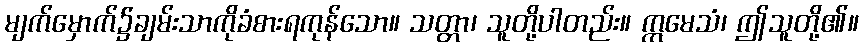
မျက်မှောက်၌ချမ်းသာကိုခံစားရကုန်သော။ သတ္တာ၊ သူတို့ပါတည်း။ ဣမေသံ၊ ဤသူတို့၏။